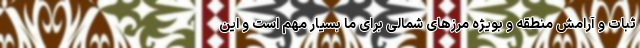
ثبات و آرامش منطقه و بویژه مرزهای شمالی برای ما بسیار مهم است و این